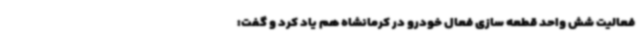
فعالیت شش واحد قطعه سازی فعال خودرو در کرمانشاه هم یاد کرد و گفت: